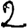
Digit: 2